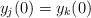
LaTeX: \begin{align*}y_j (0 ) = y_k(0)\end{align*}